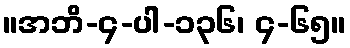
။အဘိ-၄-ပါ-၁၃၆၊ ၄-၆၅။